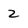
Character: 2